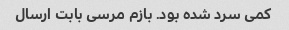
کمی سرد شده بود. بازم مرسی بابت ارسال